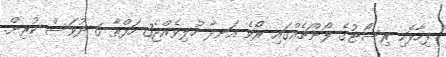
ފިހާޅޮހި ރިސޯޓުގެ ލޯންޗެއްގައި ރޯވެ އަނދާ ހުލިވެއްޖެ3 ހަފްތާ 6 ދުވަސް ކުރިން.